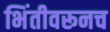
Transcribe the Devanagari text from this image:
भिंतीवरूनच